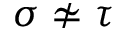
\sigma \nsimeq \tau